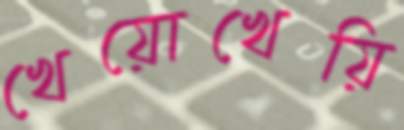
খেয়োখেয়ি